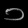
Digit: ၁